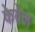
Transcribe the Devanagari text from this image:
केवेल